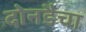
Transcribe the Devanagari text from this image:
दोनडैचा